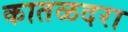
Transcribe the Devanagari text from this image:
कातळदरा